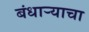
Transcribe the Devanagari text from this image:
बंधार्‍याचा